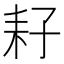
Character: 耔